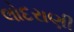
લોદરાણી